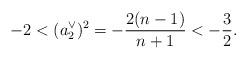
LaTeX: \begin{align*}-2 < (a_2^\vee)^2 = -\frac {2(n-1)}{n+1} < -\frac 32.\end{align*}